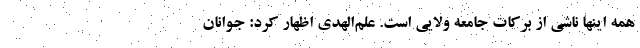
همه اینها ناشی از برکات جامعه ولایی است. علم‌الهدی اظهار کرد: جوانان